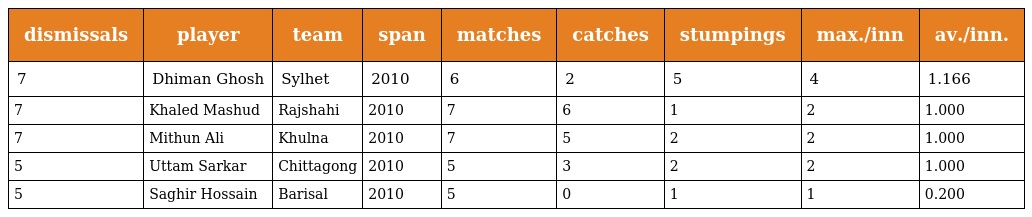
| dismissals | player | team | span | matches | catches | stumpings | max./inn | av./inn. |
 | --- | --- | --- | --- | --- | --- | --- | --- | --- |
 | 7 | Dhiman Ghosh | Sylhet | 2010 | 6 | 2 | 5 | 4 | 1.166 |
 | 7 | Khaled Mashud | Rajshahi | 2010 | 7 | 6 | 1 | 2 | 1.000 |
 | 7 | Mithun Ali | Khulna | 2010 | 7 | 5 | 2 | 2 | 1.000 |
 | 5 | Uttam Sarkar | Chittagong | 2010 | 5 | 3 | 2 | 2 | 1.000 |
 | 5 | Saghir Hossain | Barisal | 2010 | 5 | 0 | 1 | 1 | 0.200 |